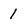
Character: 1